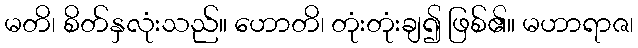
မတိ၊ စိတ်နှလုံးသည်။ ဟောတိ၊ တုံးတုံးချ၍ ဖြစ်၏။ မဟာရာဇ၊